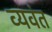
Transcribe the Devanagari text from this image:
व्यवंत